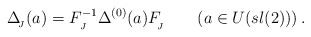
\begin{align*}\Delta _{_{\!J}}(a)=F^{-1}_{_{J}}\Delta^{(0)}(a)F_{_{\!J}}^{}\qquad(a\in U(sl(2)))\,.\end{align*}